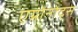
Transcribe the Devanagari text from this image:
एग्रोनोट्स